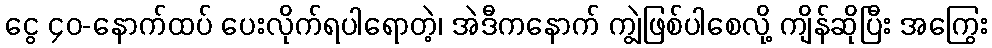
ငွေ ၄၀-နောက်ထပ် ပေးလိုက်ရပါရောတဲ့၊ အဲဒီကနောက် ကျွဲဖြစ်ပါစေလို့ ကျိန်ဆိုပြီး အကြွေး